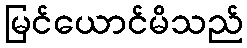
မြင်ယောင်မိသည်